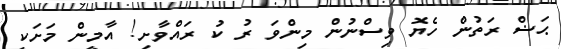
ޙަޟް ރަތުން ހެޔޮ ވިސްނުން މިންވަ ރު ކު ރައްވާށި! އާމީން މަށަކީ